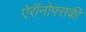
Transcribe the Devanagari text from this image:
ऐरॉनोफ्सकी